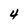
Character: 4